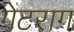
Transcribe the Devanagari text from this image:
गेटराग